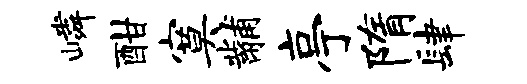
嶙酣寞黼亭隋肆